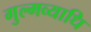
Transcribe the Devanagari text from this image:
गुल्मव्याधि